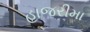
હાજરીમા